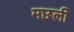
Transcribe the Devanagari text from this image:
मछली